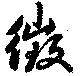
徴